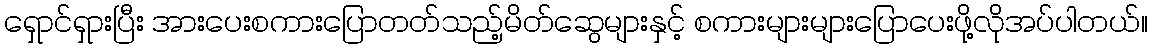
ရှောင်ရှားပြီး အားပေးစကားပြောတတ်သည့်မိတ်ဆွေများနှင့် စကားများများပြောပေးဖို့လိုအပ်ပါတယ်။